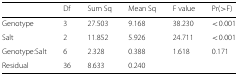
|  | Df | Sum Sq | Mean Sq | F value | Pr(>F) |
 | --- | --- | --- | --- | --- | --- |
 | Genotype | 3 | 27.503 | 9.168 | 38.230 | < 0.001 |
 | Salt | 2 | 11.852 | 5.926 | 24.711 | < 0.001 |
 | Genotype:Salt | 6 | 2.328 | 0.388 | 1.618 | 0.171 |
 | Residual | 36 | 8.633 | 0.240 |  |  |